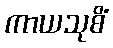
ကာယသုစိံ